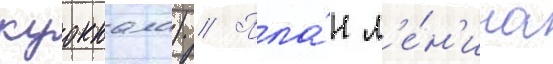
куоккала) // Пла́н л'е́н'ина